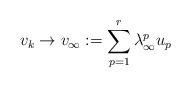
LaTeX: \begin{align*}v_k\to v_\infty: = \sum_{p=1}^r \lambda^p_\infty u_p\end{align*}